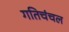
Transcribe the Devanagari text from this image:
गतिचंचल